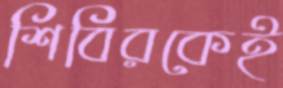
শিবিরকেই